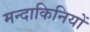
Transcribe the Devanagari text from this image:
मन्दाकिनियों